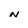
Character: N